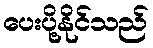
ပေးပို့နိုင်သည်